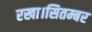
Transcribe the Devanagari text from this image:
रखा।सितम्बर